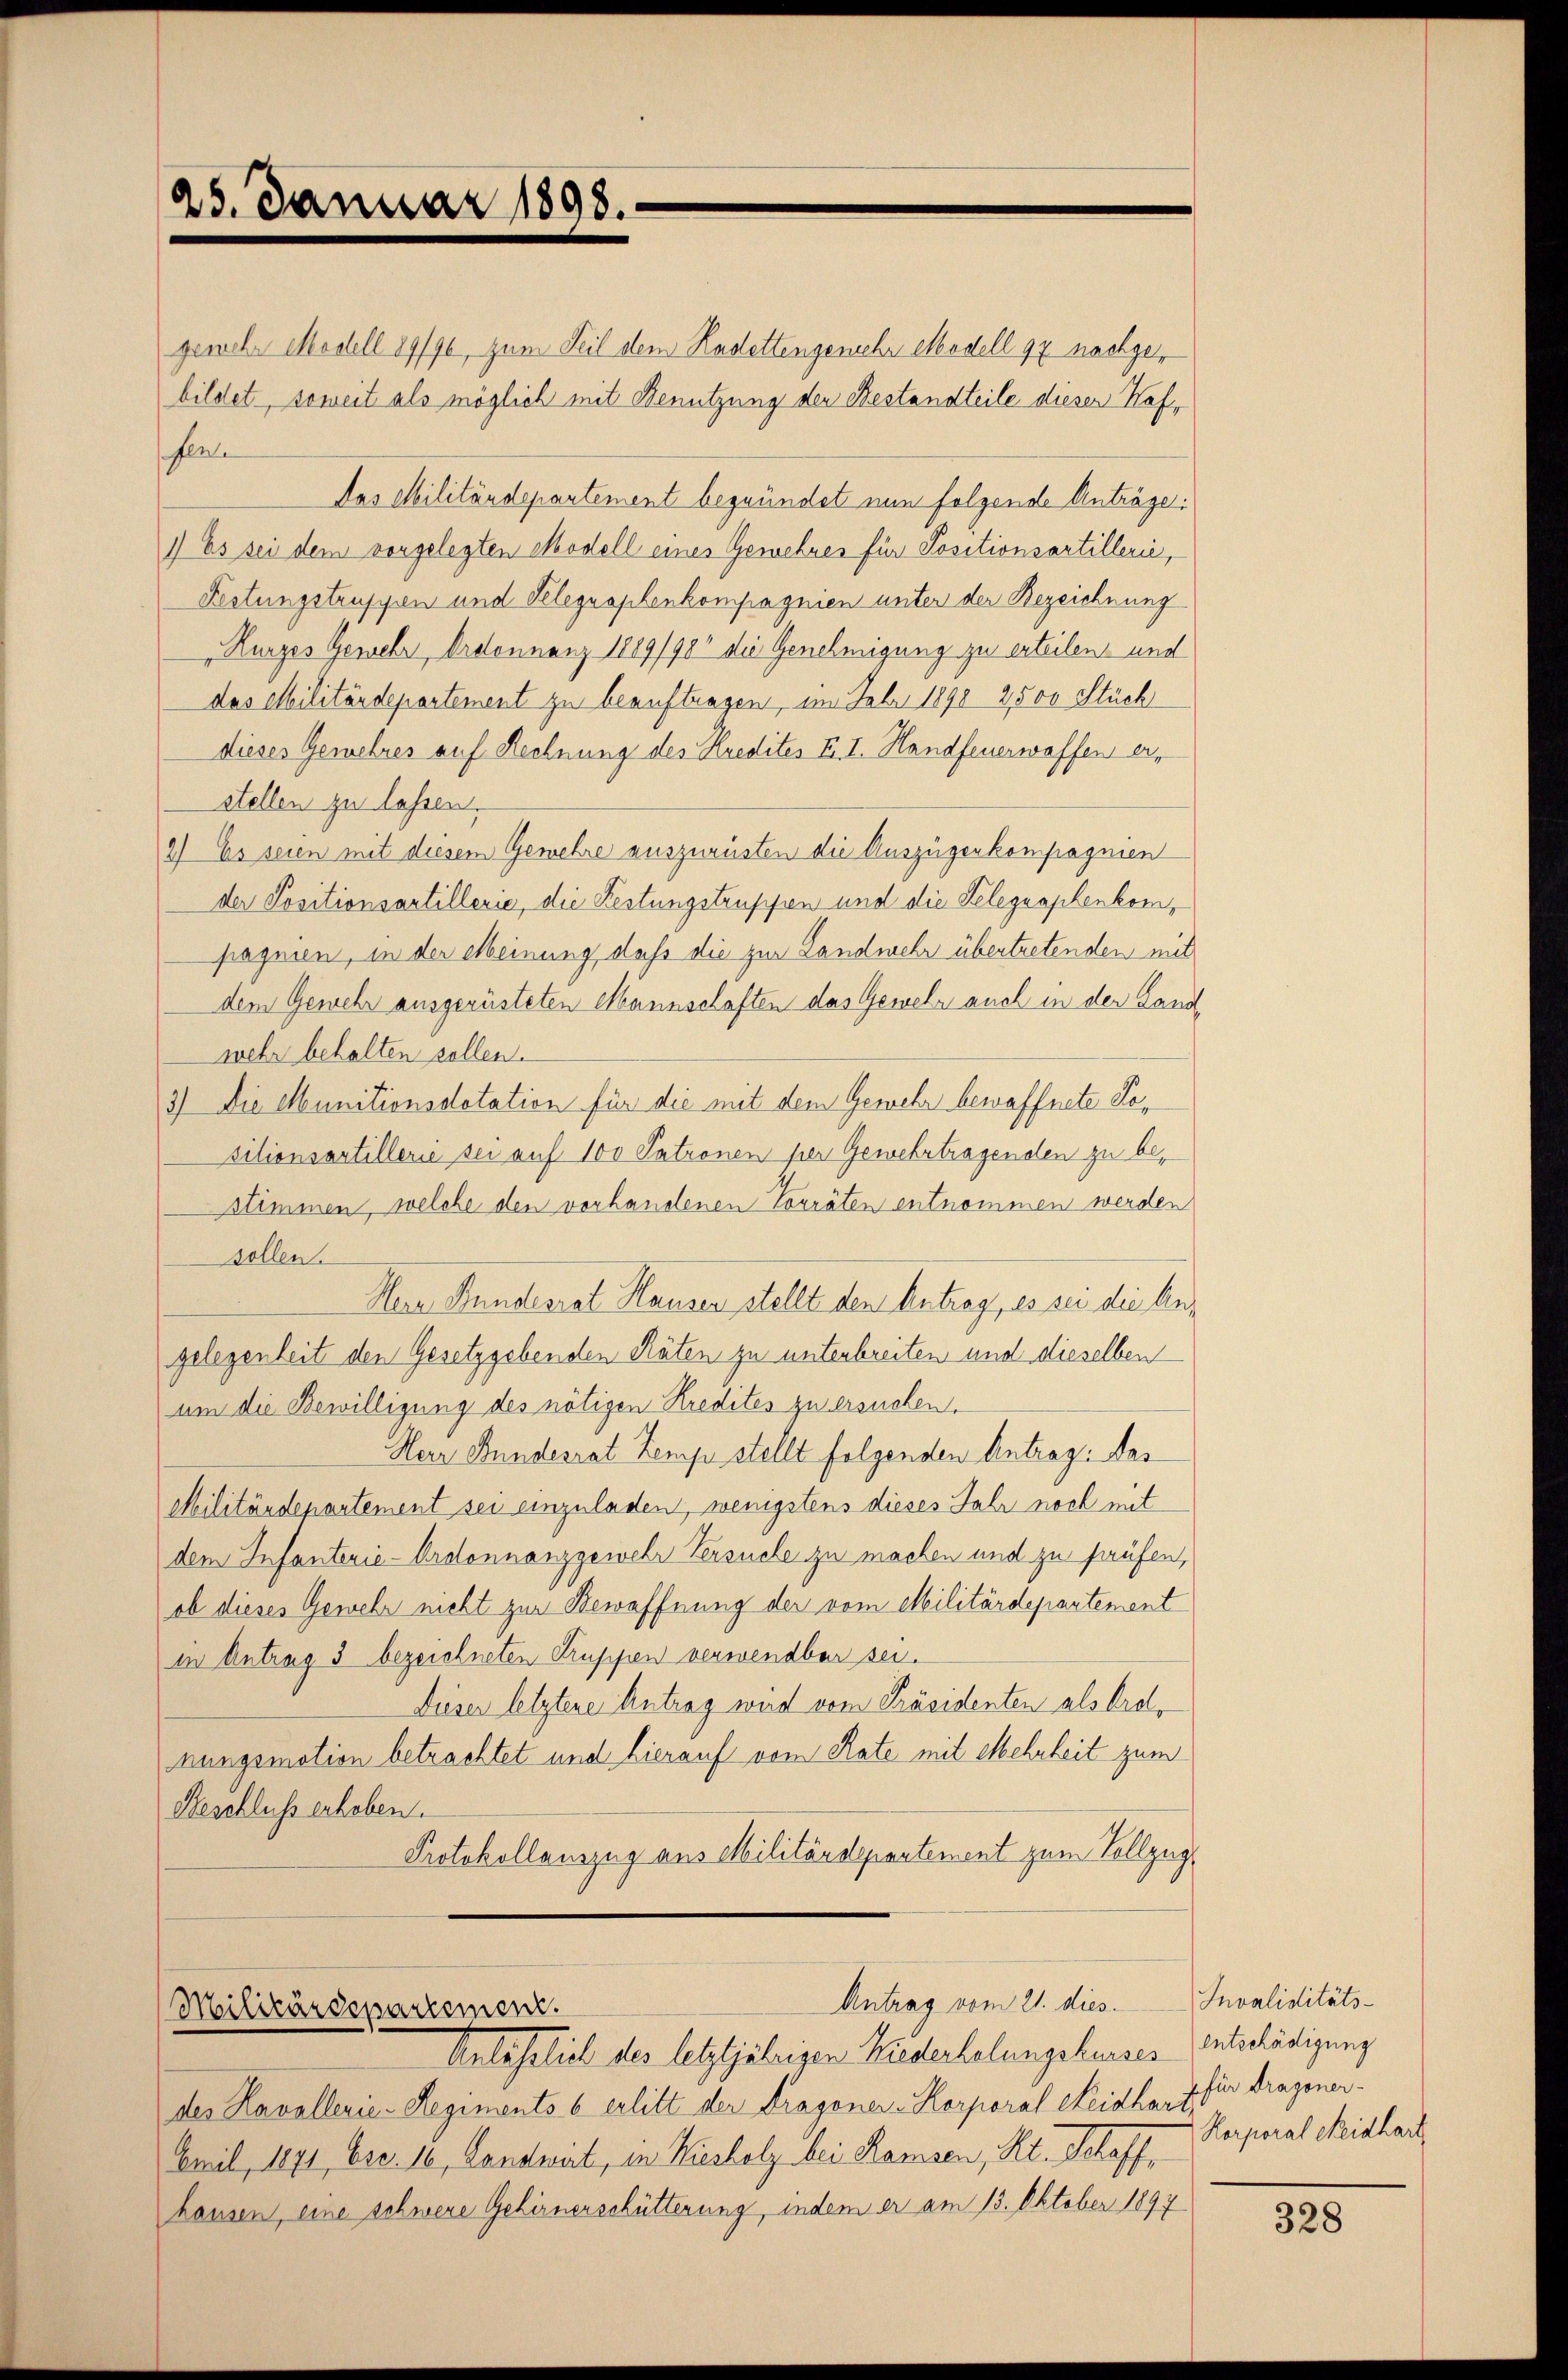
25. Januar 1898.

gewehr Modell 89/90, zum Seit dem Kadettengemehr Modell 92 nachge
bildet, soweit als möglich mit Benutzung der Bestandteile diesen Haffern
das Militärdepartement begründet nun folgende Anträge.
1) Es sei dem vorgelegten Modell eines Gewehres für Positionsartillerie,
Festungstruppen und Kelegraphenkompagnien unter der Bezeichnung
Kurzes Gewehr, Ordonnanz 1889/98 die Genehmigung zu erteilen und
das Militärdepartement zu beauftragen, im Febr 1898 2500 Stück
dieses Gewehres auf Rechnung des Kredites F. I. Handfeuerwaffen erstellen zu lassen.
2) Es seien mit diesem Gewehre auszurüsten die Auszügerkompagnien
der Positionsartillerie, die Festungstruppen und die Selegraphenkompagnien, in der Meinung, dass die zur Landmehr übertretenden mit
dem Gewehr ausgerüsteten Mannschaften das Gewehr auch in der Landwehr behalten sollen.
3) Die Munitionsdotation für die mit dem Gewehr bewaffnete Kositionsartillerie sei auf 100 Patronen per Gewehrtragenden zu bestimmen, welche den vorhandenen Vorräten entnommen werden
sollen
Hern Bundesrat Hauser stellt den Antrag, es sie die Angelegenheit den Gesetzgebenden Räten zu unterbreiten und dieselben
um die Bewilligung des nötigen Kredites zu ersuchen.
Herr Bundesrat Zemp stellt folgenden Antrag: Ans
Militärdepartement sei einzuladen, wenigstens dieses Jahr noch mit
dem Infanterie-Ordonnanzgewehr Versuche zu machen und zu haufen,
ob dieses Gewehr nicht zur Bewaffnung der vom Militärdepartement
in Antrag 3 bezeichneten Gruppen verwendbar sei.
Dieser letztene Antrag wird vom Präsidenten als brot,
nungsmotion betrachtet und hierauf vom Rate mit Mehrheit zum
Beschluss erhoben.
Protokollauszug aus Militärdepartement zum Vollzug¬

Antrag vom 21. dies
Militärdepartement.
Anlässlich des letztjährigen Wiederholungshauses Interlädigung

des Kavallerie-Regiments 6 erlitt der Dragoner-Horporal Neidhart,
Cail, 1871, Esc. 10, Landwirt, in Kiesholz bei Ramsen, Kt. Schaff
hausen, eine schwere Gehirnerschütterung, indem er am 13. Oktober 1897

Invaliditäts-
für Dragoner-
Korporal Seidhart

328